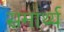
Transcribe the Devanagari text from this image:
समार्थ्य